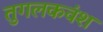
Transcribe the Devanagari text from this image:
तुगलकवंश